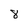
Character: 8